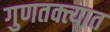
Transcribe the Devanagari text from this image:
गुणतक्त्यात